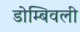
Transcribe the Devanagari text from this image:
डोम्बिवली